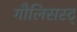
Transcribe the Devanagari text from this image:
गौलिसस्ट्